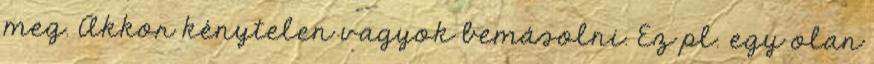
meg. Akkor kénytelen vagyok bemásolni. Ez pl. egy olan